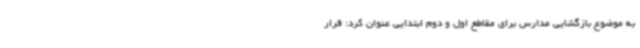
به موضوع بازگشایی مدارس برای مقاطع اول و دوم ابتدایی عنوان کرد: قرار